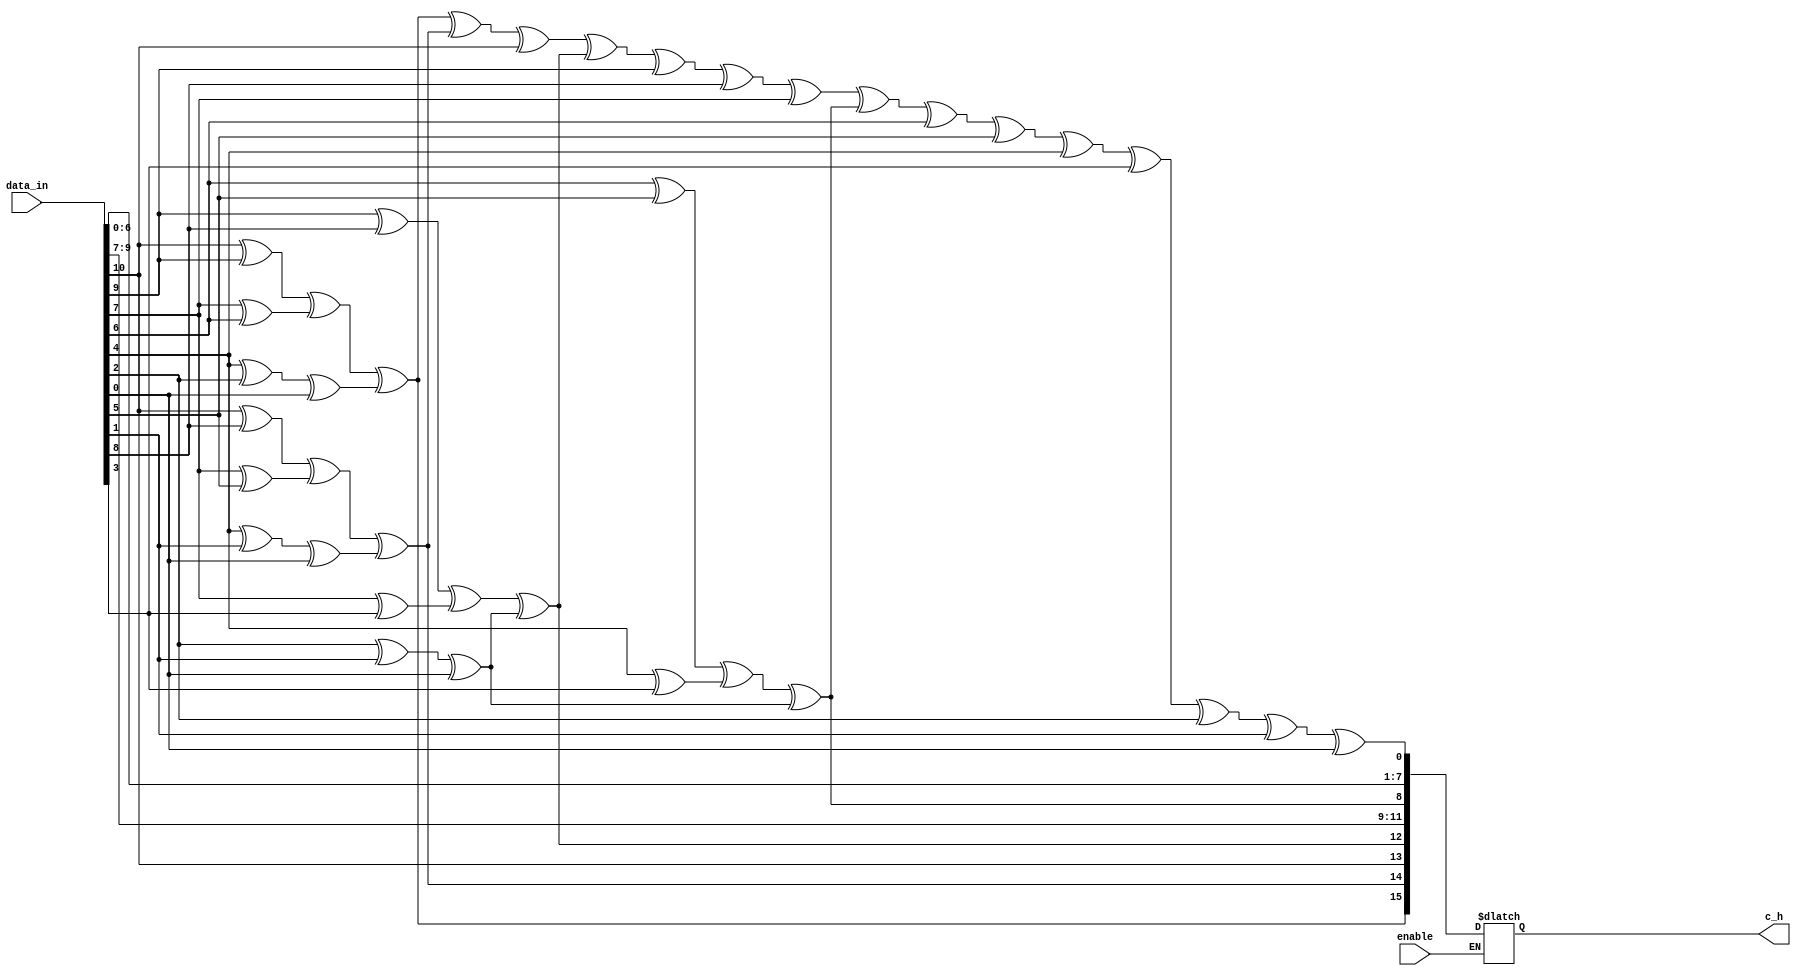

module encoder(
input wire [0:10] data_in,
output reg [0:15] c_h,
input wire enable
);

reg [3:0]p;
reg bit_parity; //check if number of ones in output is odd or even
  
 
always @(*) begin
    if(enable == 1'b1) begin
      //message * generator matrix
     	   p[0] = ((data_in[0] ^ data_in[1]) ^ (data_in[3] ^ data_in[4])) ^ ((data_in[6] ^ data_in[8]) ^ data_in[10]);
      
      	p[1] = ((data_in[0] ^ data_in[2]) ^ (data_in[3] ^ data_in[5])) ^ ((data_in[6] ^ data_in[9]) ^ data_in[10]);
      
         p[2] = ((data_in[1] ^ data_in[2]) ^ (data_in[3] ^ data_in[7])) ^ ((data_in[8] ^ data_in[9]) ^ data_in[10]);
      
         p[3] = ((data_in[4] ^ data_in[5]) ^ (data_in[6] ^ data_in[7])) ^ ((data_in[8] ^ data_in[9]) ^ data_in[10]);
    
    //encoder code
      
    	c_h[0] = p[0];
    	c_h[1] = p[1];
    	c_h[2] = data_in[0];
    	c_h[3] = p[2];
    	c_h[4] = data_in[1];
    	c_h[5] = data_in[2];
    	c_h[6] = data_in[3];
    	c_h[7] = p[3];
    	c_h[8] = data_in[4];
    	c_h[9] = data_in[5];
    	c_h[10] = data_in[6];
    	c_h[11] = data_in[7];
    	c_h[12] = data_in[8];
    	c_h[13] = data_in[9];
    	c_h[14] = data_in[10];
      
      //extend bit check
      	bit_parity =  c_h[0] ^ c_h[1] ^ c_h[2] ^ c_h[3] ^ c_h[4] ^ c_h[5] ^ c_h[6] ^ c_h[7] ^ c_h[8] ^ c_h[9] ^ c_h[10] ^ c_h[11] ^ c_h[12] ^ c_h[13] ^ c_h[14]; 
      	
        c_h[15] = bit_parity; 
      	
    end
  end

endmodule